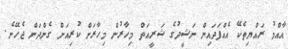
އާއްމު ރައްޔިތެކޭ އެއްފަދައިން ނަޝީދުގެ ޝަރީއަތް މިހާރުން މިހާރަށް ކުރިއަށް ގެންދަން ޖެހޭނެ.